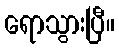
ရောသွားပြီ။